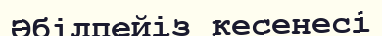
Әбілпейіз кесенесі